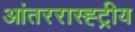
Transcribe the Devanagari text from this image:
आंतररास्ह्ट्रीय